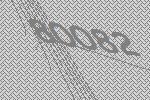
80082